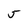
Character: 5